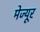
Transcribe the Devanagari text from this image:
मेज्यूर